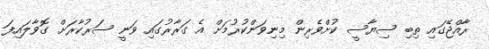
ރާއްޖޭގައި ތިބި ސިޔާސީ ކުށްވެރިން މިނިވަންކުރުމަށް އެ ގަރާރުގައި ވަނީ ސަރުކާރަށް ގޮވާލައިފަ